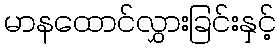
မာနထောင်လွှားခြင်းနှင့်